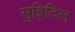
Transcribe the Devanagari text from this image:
सुह्रिदिल